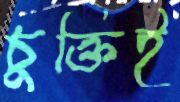
চুক্তিই